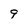
Character: 9